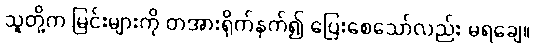
သူတို့က မြင်းများကို တအားရိုက်နှက်၍ ပြေးစေသော်လည်း မရချေ။